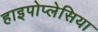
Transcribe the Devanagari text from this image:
हाइपोप्लेसिया